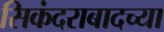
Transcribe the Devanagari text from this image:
सिकंदराबादच्या